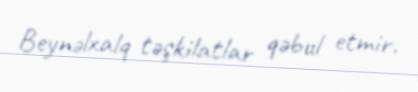
Beynəlxalq təşkilatlar qəbul etmir.